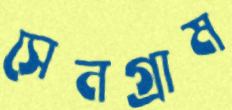
সেনগ্রাম